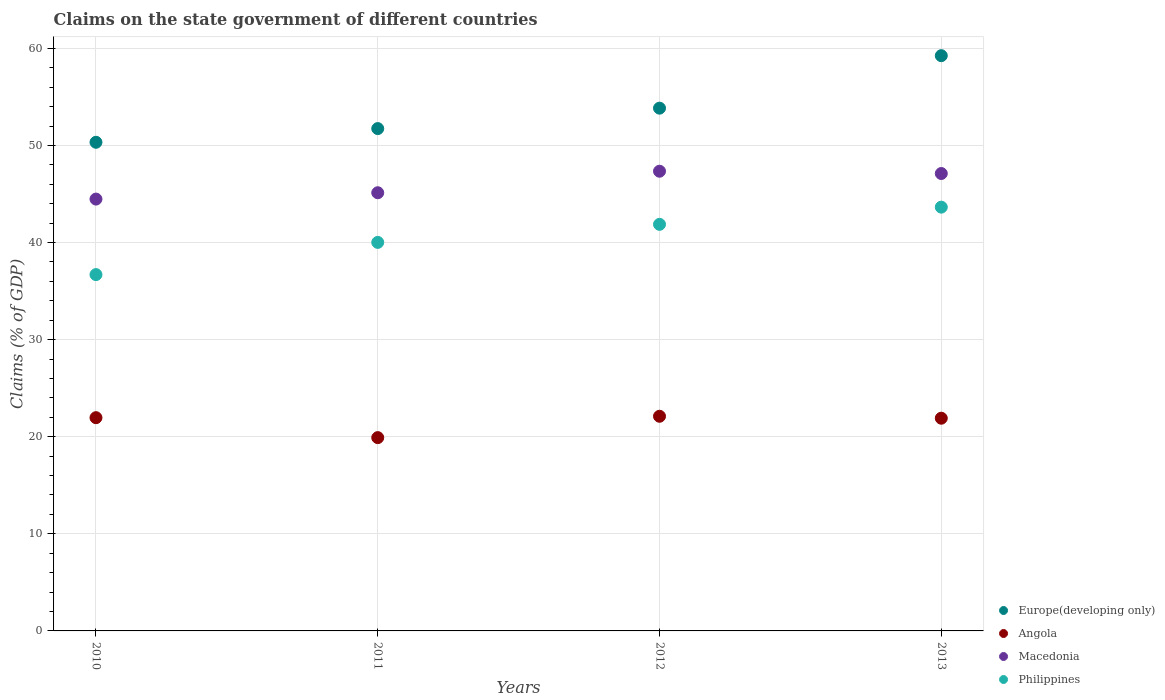
| Years | Europe(developing only) | Angola | Macedonia | Philippines |
 | --- | --- | --- | --- | --- |
 | 2010 | 50.3 | 22 | 44.5 | 36.7 |
 | 2011 | 51.7 | 19.9 | 45.1 | 40 |
 | 2012 | 53.8 | 22.1 | 47.3 | 41.9 |
 | 2013 | 59.2 | 21.9 | 47.1 | 43.6 |